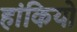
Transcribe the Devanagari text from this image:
हांकियो